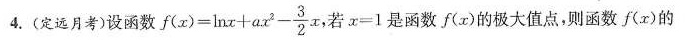
4.(定远月考)设函数$$f ( x ) = \ln